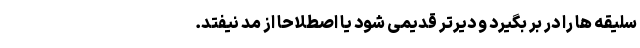
سلیقه ها را در بر بگیرد و دیرتر قدیمی شود یا اصطلاحا از مد نیفتد.